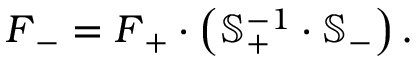
\boldsymbol { F } _ { - } = \boldsymbol { F } _ { + } \cdot \left( \mathbb { S } _ { + } ^ { - 1 } \cdot \mathbb { S } _ { - } \right) .